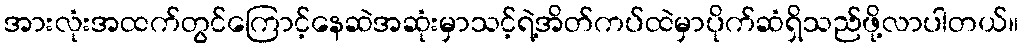
အားလုံးအထက်တွင်ကြောင့်နေဆဲအဆုံးမှာသင့်ရဲ့အိတ်ကပ်ထဲမှာပိုက်ဆံရှိသည်ဖို့လာပါတယ်။